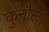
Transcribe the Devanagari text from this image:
कुनौली